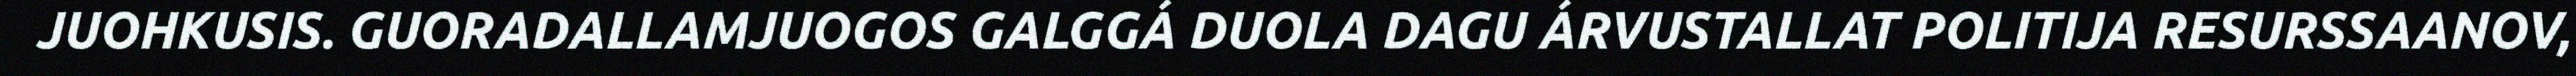
JUOHKUSIS. GUORADALLAMJUOGOS GALGGÁ DUOLA DAGU ÁRVUSTALLAT POLITIJA RESURSSAANOV,